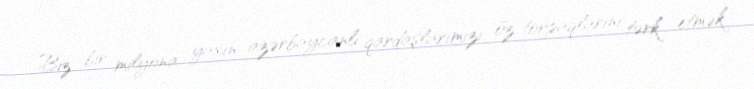
Biz bir milyona yaxın azərbaycanlı qardaşlarımızı öz torpaqlarını tərk etmək